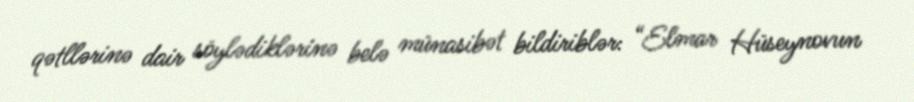
qətllərinə dair söylədiklərinə belə münasibət bildiriblər: “Elmar Hüseynovun